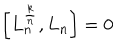
LaTeX: \left[ L _ { n } ^ { \frac { k } { n } } , L _ { n } \right] = 0